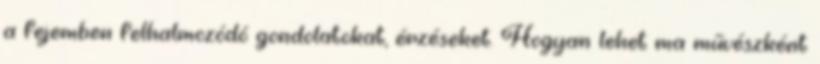
a fejemben felhalmozódó gondolatokat, érzéseket. Hogyan lehet ma művészként